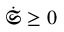
\dot { \mathfrak { S } } \geq 0